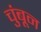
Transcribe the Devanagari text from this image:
चुंबून